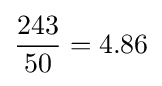
{\frac {243}{50}}=4.86